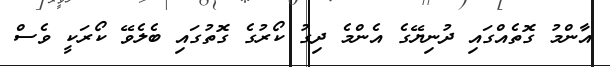
އާންމު ގޮތެއްގައި ދުނިޔޭގެ އެންމެ ދިގު ކޯރުގެ ގޮތުގައި ބެލެވޭ ކޯރަކީ ވެސް